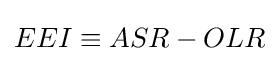
EEI\equiv ASR-OLR